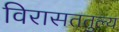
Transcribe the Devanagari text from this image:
विरासततुल्य